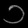
Digit: ၁